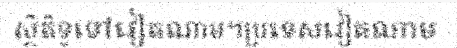
ស្ថិតិទូទៅវៀតណាម។ប្រទេសវៀតណាម